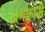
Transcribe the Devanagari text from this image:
भ्रमकारी